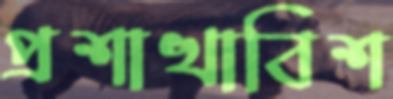
প্রশাখাবিশ